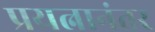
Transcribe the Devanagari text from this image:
प्रयत्नानंतर